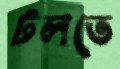
টলতে